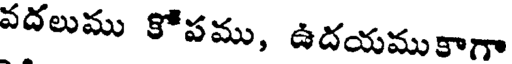
వదలుము కోపము, ఉదయముకాగా